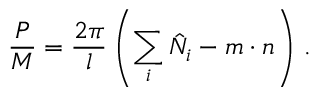
\frac { P } { M } = \frac { 2 \pi } { l } \left( \sum _ { i } \hat { N } _ { i } - m \cdot n \right) \, .